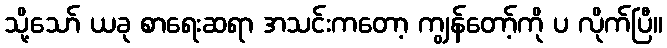
သို့သော် ယခု စာရေးဆရာ အသင်းကတော့ ကျွန်တော့်ကို ပ လိုက်ပြီ။